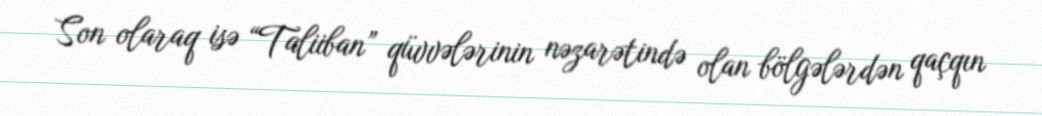
Son olaraq isə “Taliiban” qüvvələrinin nəzarətində olan bölgələrdən qaçqın